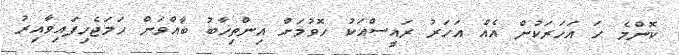
ކޮންމެ ހަ އަހަރަކުން އެއް އަހަރު ރައީސްއަކު ހޮވުމަށް އިންތިޚާބު ބާއްވަން ހަމަޖެހިފައިވާއިރު